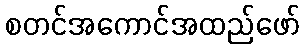
စတင်အကောင်အထည်ဖော်